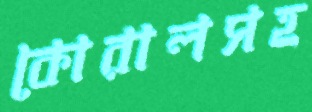
কোরালসহ